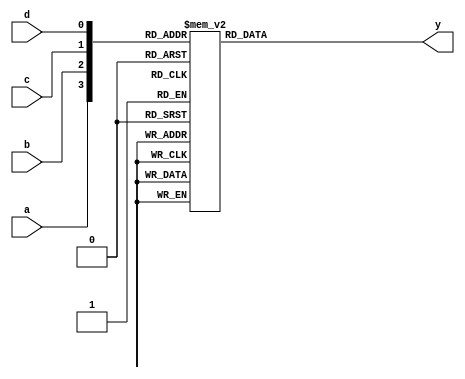
module ap_com_4_index_0(
	input wire a,
	input wire b,
	input wire c,
	input wire d,
	output reg y
);

always @(*) begin
	case({a, b, c, d})
		4'b0000: y = 0;
		4'b0001: y = 0;
		4'b0010: y = 1;
		4'b0011: y = 1;
		4'b0100: y = 0;
		4'b0101: y = 1;
		4'b0110: y = 1;
		4'b0111: y = 1;
		4'b1000: y = 0;
		4'b1001: y = 0;
		4'b1010: y = 1;
		4'b1011: y = 1;
		4'b1100: y = 1;
		4'b1101: y = 1;
		4'b1110: y = 1;
		4'b1111: y = 1;
		default:;
	endcase
end

endmodule


module ap_com_2_index_1(
	input wire a,
	input wire b,
	output reg y
);

always @(*) begin
	case({a, b})
		2'b00: y = 0;
		2'b01: y = 1;
		2'b10: y = 0;
		2'b11: y = 1;
		default:;
	endcase
end

endmodule


module ap_com_2_index_2(
	input wire a,
	input wire b,
	output reg y
);

always @(*) begin
	case({a, b})
		2'b00: y = 0;
		2'b01: y = 0;
		2'b10: y = 0;
		2'b11: y = 0;
		default:;
	endcase
end

endmodule


module ap_com_4_index_3(
	input wire a,
	input wire b,
	input wire c,
	input wire d,
	output reg y
);

always @(*) begin
	case({a, b, c, d})
		4'b0000: y = 1;
		4'b0001: y = 1;
		4'b0010: y = 1;
		4'b0011: y = 1;
		4'b0100: y = 0;
		4'b0101: y = 0;
		4'b0110: y = 1;
		4'b0111: y = 1;
		4'b1000: y = 1;
		4'b1001: y = 1;
		4'b1010: y = 1;
		4'b1011: y = 1;
		4'b1100: y = 0;
		4'b1101: y = 0;
		4'b1110: y = 1;
		4'b1111: y = 0;
		default:;
	endcase
end

endmodule


module ap_com_2_index_4(
	input wire a,
	input wire b,
	output reg y
);

always @(*) begin
	case({a, b})
		2'b00: y = 1;
		2'b01: y = 1;
		2'b10: y = 1;
		2'b11: y = 1;
		default:;
	endcase
end

endmodule


module ap_com_4_index_5(
	input wire a,
	input wire b,
	input wire c,
	input wire d,
	output reg y
);

always @(*) begin
	case({a, b, c, d})
		4'b0000: y = 1;
		4'b0001: y = 1;
		4'b0010: y = 1;
		4'b0011: y = 1;
		4'b0100: y = 1;
		4'b0101: y = 1;
		4'b0110: y = 1;
		4'b0111: y = 1;
		4'b1000: y = 0;
		4'b1001: y = 1;
		4'b1010: y = 0;
		4'b1011: y = 1;
		4'b1100: y = 0;
		4'b1101: y = 1;
		4'b1110: y = 0;
		4'b1111: y = 1;
		default:;
	endcase
end

endmodule


module ap_com_4_index_6(
	input wire a,
	input wire b,
	input wire c,
	input wire d,
	output reg y
);

always @(*) begin
	case({a, b, c, d})
		4'b0000: y = 0;
		4'b0001: y = 0;
		4'b0010: y = 0;
		4'b0011: y = 0;
		4'b0100: y = 1;
		4'b0101: y = 1;
		4'b0110: y = 1;
		4'b0111: y = 1;
		4'b1000: y = 0;
		4'b1001: y = 0;
		4'b1010: y = 0;
		4'b1011: y = 0;
		4'b1100: y = 1;
		4'b1101: y = 1;
		4'b1110: y = 1;
		4'b1111: y = 1;
		default:;
	endcase
end

endmodule


module ap_com_3_index_7(
	input wire a,
	input wire b,
	input wire c,
	output reg y
);

always @(*) begin
	case({a, b, c})
		3'b000: y = 0;
		3'b001: y = 0;
		3'b010: y = 0;
		3'b011: y = 0;
		3'b100: y = 0;
		3'b101: y = 0;
		3'b110: y = 0;
		3'b111: y = 0;
		default:;
	endcase
end

endmodule


module ap_com_2_index_8(
	input wire a,
	input wire b,
	output reg y
);

always @(*) begin
	case({a, b})
		2'b00: y = 1;
		2'b01: y = 1;
		2'b10: y = 1;
		2'b11: y = 1;
		default:;
	endcase
end

endmodule


module ap_com_2_index_9(
	input wire a,
	input wire b,
	output reg y
);

always @(*) begin
	case({a, b})
		2'b00: y = 1;
		2'b01: y = 1;
		2'b10: y = 1;
		2'b11: y = 1;
		default:;
	endcase
end

endmodule


module ap_com_2_index_10(
	input wire a,
	input wire b,
	output reg y
);

always @(*) begin
	case({a, b})
		2'b00: y = 0;
		2'b01: y = 0;
		2'b10: y = 0;
		2'b11: y = 0;
		default:;
	endcase
end

endmodule